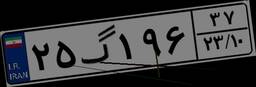
۲۵گ۱۹۶۳۷